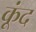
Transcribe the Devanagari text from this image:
कूंद